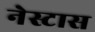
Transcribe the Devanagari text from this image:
नेस्टास